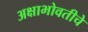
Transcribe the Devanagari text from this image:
अक्षाभोवतीचे